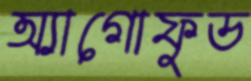
অ্যাগোফুড